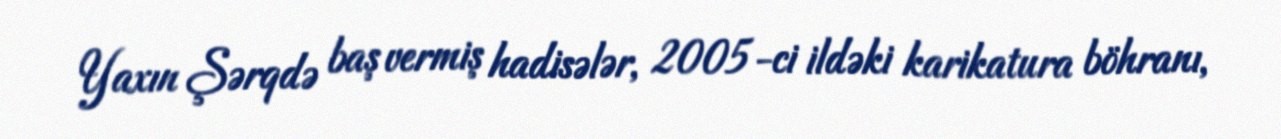
Yaxın Şərqdə baş vermiş hadisələr, 2005-ci ildəki karikatura böhranı,